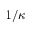
1 / \kappa